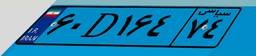
۱۷D۷۳۸۷۰